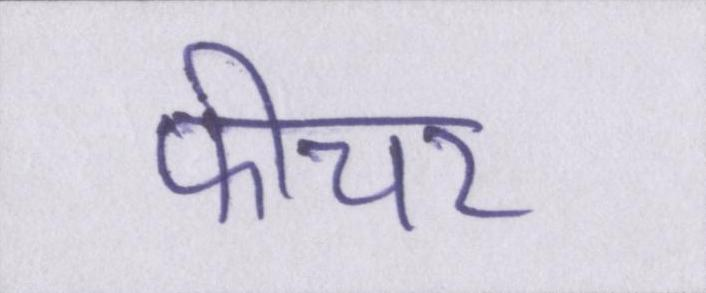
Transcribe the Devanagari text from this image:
फीचर